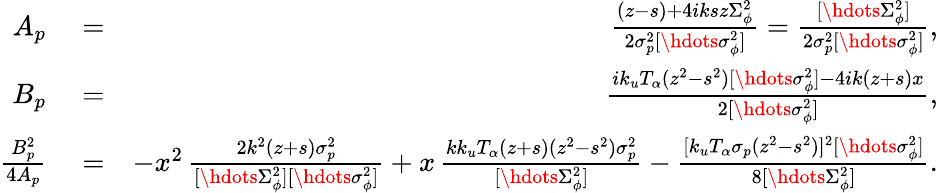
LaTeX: \begin{array}{rlr}{A_{p}}&{{}=}&{\frac{(z-s)+4iksz\Sigma_{\phi}^{2}}{2\sigma_{p}^{2}[\hdots\sigma_{\phi}^{2}]}=\frac{[\hdots\Sigma_{\phi}^{2}]}{2\sigma_{p}^{2}[\hdots\sigma_{\phi}^{2}]},}\\ {B_{p}}&{{}=}&{\frac{ik_{u}T_{\alpha}(z^{2}-s^{2})[\hdots\sigma_{\phi}^{2}]-4ik(z+s)x}{2[\hdots\sigma_{\phi}^{2}]},}\\ {\frac{B_{p}^{2}}{4A_{p}}}&{{}=}&{-x^{2}\, \frac{2k^{2}(z+s)\sigma_{p}^{2}}{[\hdots\Sigma_{\phi}^{2}][\hdots\sigma_{\phi}^{2}]}+x\, \frac{kk_{u}T_{\alpha}(z+s)(z^{2}-s^{2})\sigma_{p}^{2}}{[\hdots\Sigma_{\phi}^{2}]}-\frac{[k_{u}T_{\alpha}\sigma_{p}(z^{2}-s^{2})]^{2}[\hdots\sigma_{\phi}^{2}]}{8[\hdots\Sigma_{\phi}^{2}]}.}\end{array}